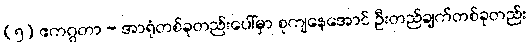
(၅) ဧကဂ္ဂတာ - အာရုံတစ်ခုတည်းပေါ်မှာ စုကျနေအောင် ဦးတည်ချက်တစ်ခုတည်း